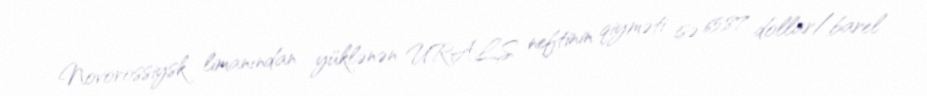
Novorossiysk limanından yüklənən URALS neftinin qiyməti isə 65,87 dollar/barel